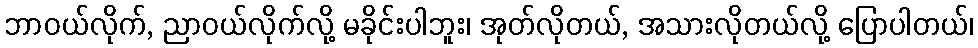
ဘာဝယ်လိုက်, ညာဝယ်လိုက်လို့ မခိုင်းပါဘူး၊ အုတ်လိုတယ်, အသားလိုတယ်လို့ ပြောပါတယ်၊